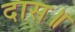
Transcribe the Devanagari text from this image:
दास॥